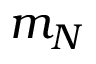
m _ { N }